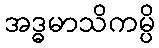
အဒ္ဓမာသိကမ္ပိ